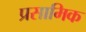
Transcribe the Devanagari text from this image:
प्रसामिक